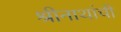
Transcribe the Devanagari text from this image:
श्रीनाथांची